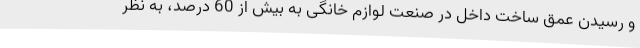
و رسیدن عمق ساخت داخل در صنعت لوازم خانگی به بیش از 60 درصد، به نظر